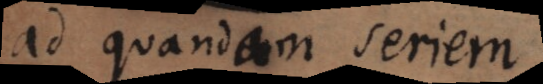
ad quandam seriem